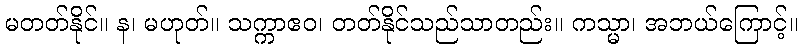
မတတ်နိုင်။ န၊ မဟုတ်။ သက္ကာဧဝ၊ တတ်နိုင်သည်သာတည်း။ ကသ္မာ၊ အဘယ်ကြောင့်။